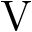
\mathrm { V }